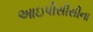
આઇપીસીસીના